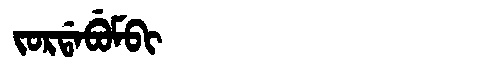
Manchu: ᠵᠣᡵᡩᠠᠪᡠᠮᠪᡳ
Romanization: JORDABUMBI